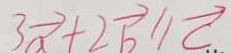
3 \overrightarrow { a } + 2 \overrightarrow { b } / / \overrightarrow { c }